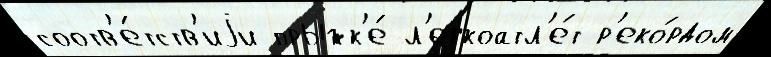
соотв'е́тств'иjи прыжк'е́ л'егкоатл'е́т р'еко́рдом